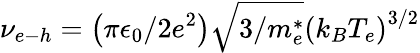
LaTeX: \nu_{e-h}=\left(\pi\epsilon_{0}/2e^{2}\right)\sqrt{3/m_{e}^{*}}{(k_{B}{T_{e}})}^{3/2}